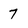
Character: 7